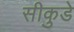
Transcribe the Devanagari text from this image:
सीकुडे